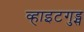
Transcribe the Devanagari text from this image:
व्हाइटगुड्स